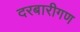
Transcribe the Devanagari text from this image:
दरबारीगण